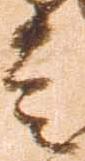
走